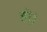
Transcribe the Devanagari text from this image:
हो़।